Leaving Certificate Examination, 1902
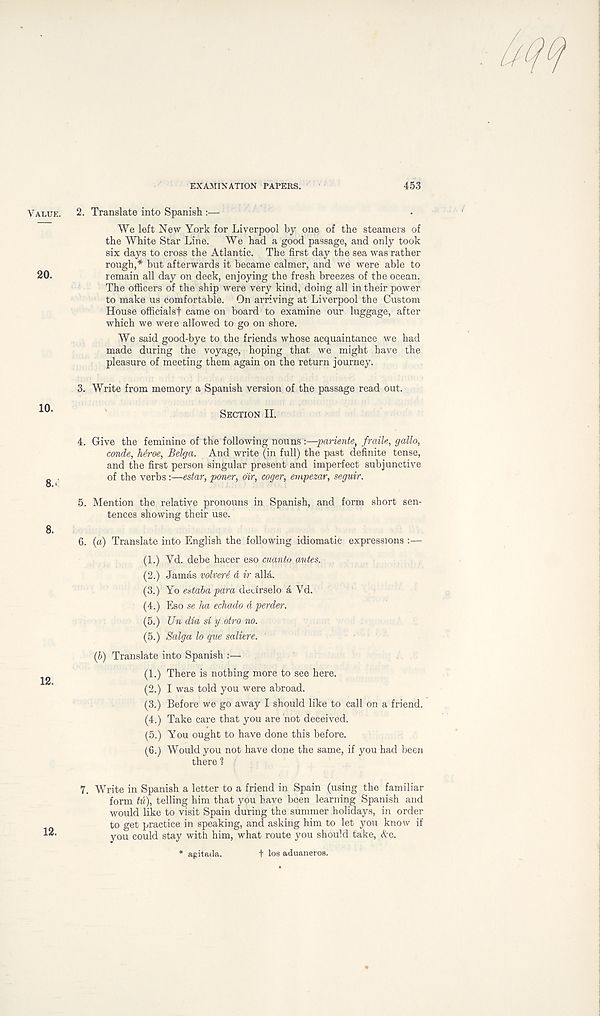
EXAMINATION PAPERS.
453
2. Translate into Spanish :—’ 1
We left New York for Liverpool by one of the steamers of
the White Star Line. We had a good passage, and only took
six days to cross the Atlantic. The first day the sea was rather
rough,* but afterwards it became calmer, and we were able to
remain all day on deck, enjoying the fresh breezes of the ocean.
The officers of the ship were very kind, doing all in their power
to make us comfortable. On arriving at Liverpool the Custom
House officials! came on board to examine our luggage, after
which we were allowed to go on shore.
We said good-bye to the friends whose acquaintance we had
made during the voyage, hoping that we might have the
pleasure of meeting them again on the return journey.
3. Write from memory a Spanish version of the passage read out.
Section II.
4. Give the feminine of the following nouns -.—pariente, fraile, gallo,
conde, hdroe, Belga. And write (in full) the past definite tense,
and the first person singular present and imperfect subjunctive
of the verbs :—estar, poner, dir, coger, ernpezar, seguir.
5. Mention the relative pronouns in Spanish, and form short sen-
tences showing their use.
6. (a) Translate into English the following idiomatic expressions :—
(1.) Yd. debe hacer eso cuanto antes.
(2.) Jamas volveri d ir alia.
(3.) Yo estaba para deurselo a Yd.
(4.) Eso se ha echado d perder.
(5.) Un dia si y otro no.
(5.) Saiga lo que saliere. 1
(b) Translate into Spanish :—
(1.) There is nothing more to see here.
(2.) I was told you were abroad.
(3.) Before we go away I should like to call on a friend.
(4.) Take care that you are not deceived.
(5.) You ought to have done this before.
(6.) Would you not have done the same, if you had been
there 1
7. Write in Spanish a letter to a friend in Spain (using the familiar
form tu), telling him that you have been learning Spanish and
would like to visit Spain during the summer holidays, in order
to get practice in speaking, and asking him to let you know if
you could stay with him, what route you should take, Ac.
* agitada.
t los aduaneros.